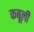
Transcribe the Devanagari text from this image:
कबूली